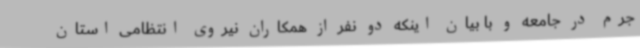
جرم در جامعه و با بیان اینکه دو نفر از همکاران نیروی انتظامی استان